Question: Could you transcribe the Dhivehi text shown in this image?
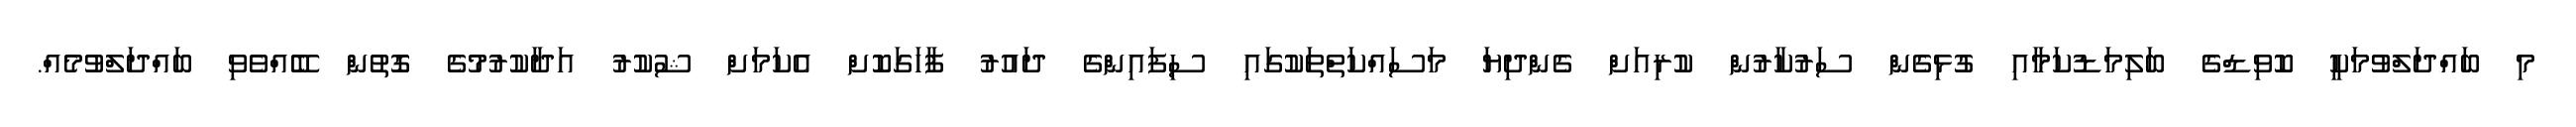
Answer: މި ބައްދަލްވުމަކީ ކޮވިޑްގެ ބަލިމަޑުކަމާއި ގުޅިގެން ސަރުކާރުން ކުރިއަށް ގެންދިޔަ މަސައްކަތްތަކުގައި ސިފައިންގެ ދައުރު ފާހަގަކޮށް އެކަމަށް ޝުކުރު އަދާކުރުމުގެ ގޮތުން ބޭއްވެވި ބައްދަލްވުމެއް.